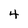
Character: 4